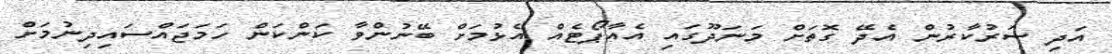
އަދި ސަރުކާރުން އެދޭ ގޮތަށް މަނަދޫގައި އެއާޕޯޓެއް އެޅުމަށް ބޭނުންވާ ކަންކަން ހަމަޖައްސައިދިނުމަށް